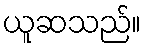
ယူဆသည်။